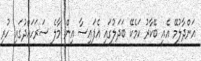
އަންދާލުމޭ އެއީ ބޭކާރު ކަމެކޭ ބަދަލުގައި އެފަައިސާ އިން މާލެ ސަރަހައްދުގައި ހުރި